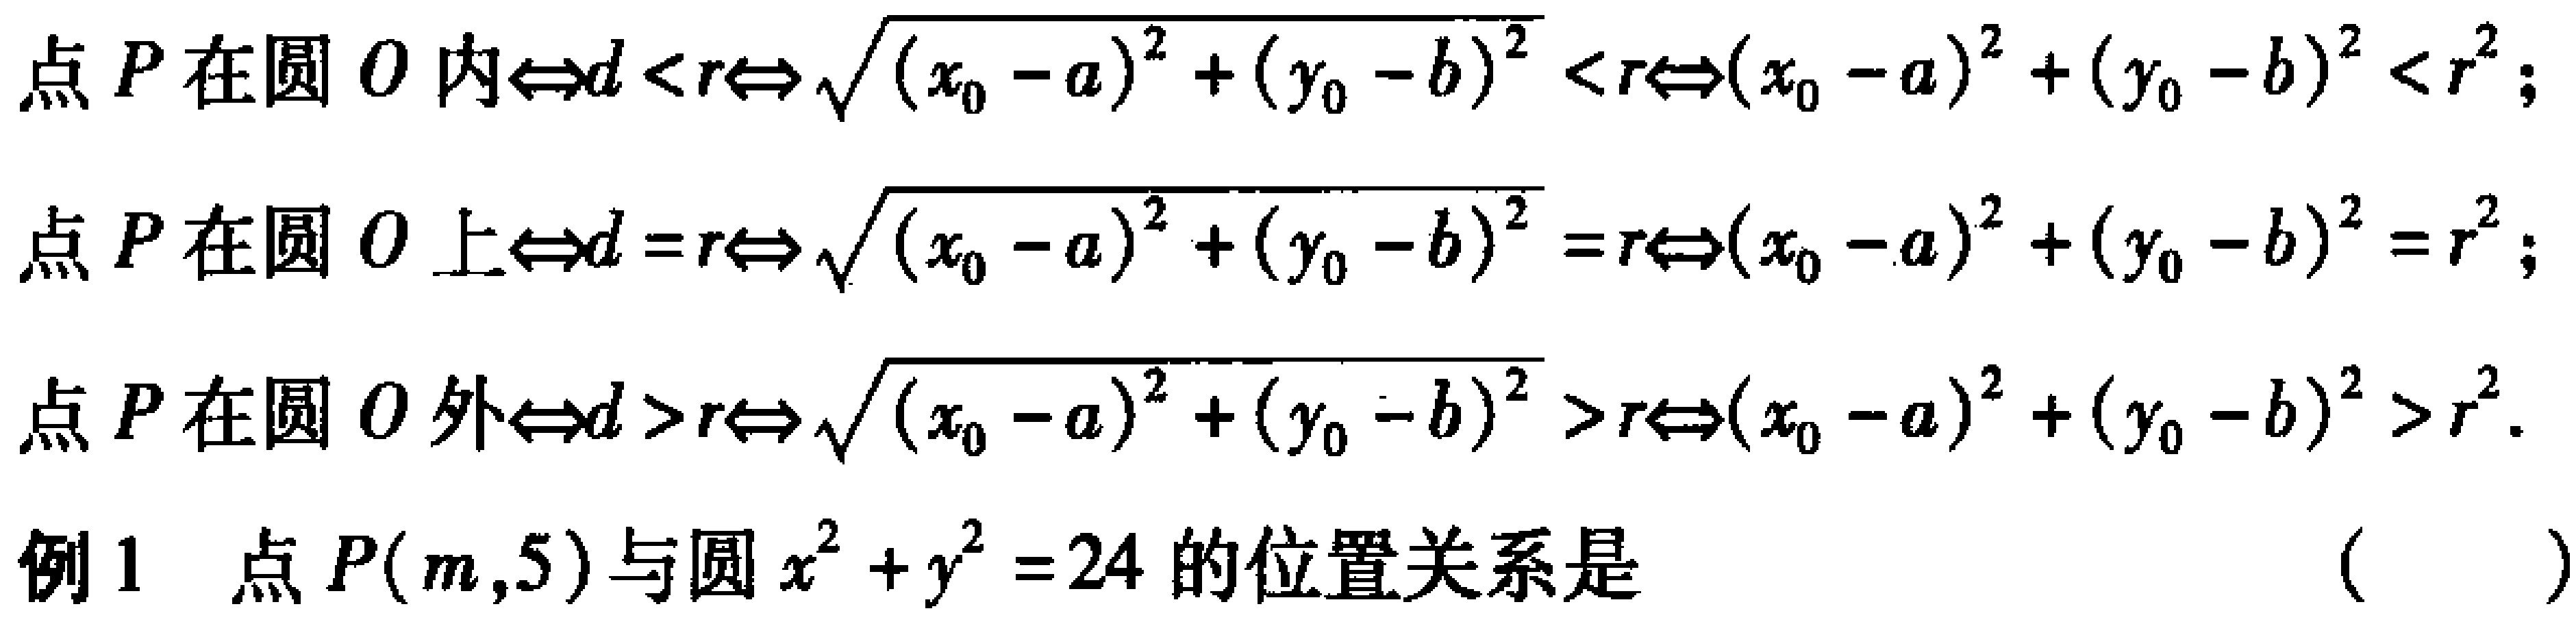
点 \(P\) 在圆 \(O\) 内\(\Leftrightarrow d < r\Leftrightarrow \sqrt{(x_0 - a)^2 + (y_0 - b)^2} < r\Leftrightarrow(x_0 - a)^2 + (y_0 - b)^2 < r^2\)；
点 \(P\) 在圆 \(O\) 上\(\Leftrightarrow d = r\Leftrightarrow \sqrt{(x_0 - a)^2 + (y_0 - b)^2} = r\Leftrightarrow(x_0 - a)^2 + (y_0 - b)^2 = r^2\)；
点 \(P\) 在圆 \(O\) 外\(\Leftrightarrow d > r\Leftrightarrow \sqrt{(x_0 - a)^2 + (y_0 - b)^2} > r\Leftrightarrow(x_0 - a)^2 + (y_0 - b)^2 > r^2\).
例1 点 \(P(m,5)\) 与圆 \(x^{2}+y^{2}=24\) 的位置关系是 （  ）